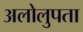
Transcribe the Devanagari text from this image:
अलोलुपता